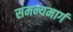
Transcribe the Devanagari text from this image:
समन्यमार्ग